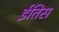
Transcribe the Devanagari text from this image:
ईतिस